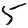
Digit: 5